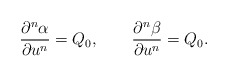
\begin{align*} \frac{\partial^n\alpha}{\partial u^n}=Q_0,\qquad\frac{\partial^n\beta}{\partial u^n}=Q_0.\end{align*}